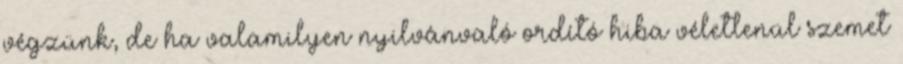
végzünk, de ha valamilyen nyilvánvaló ordító hiba véletlenül szemet